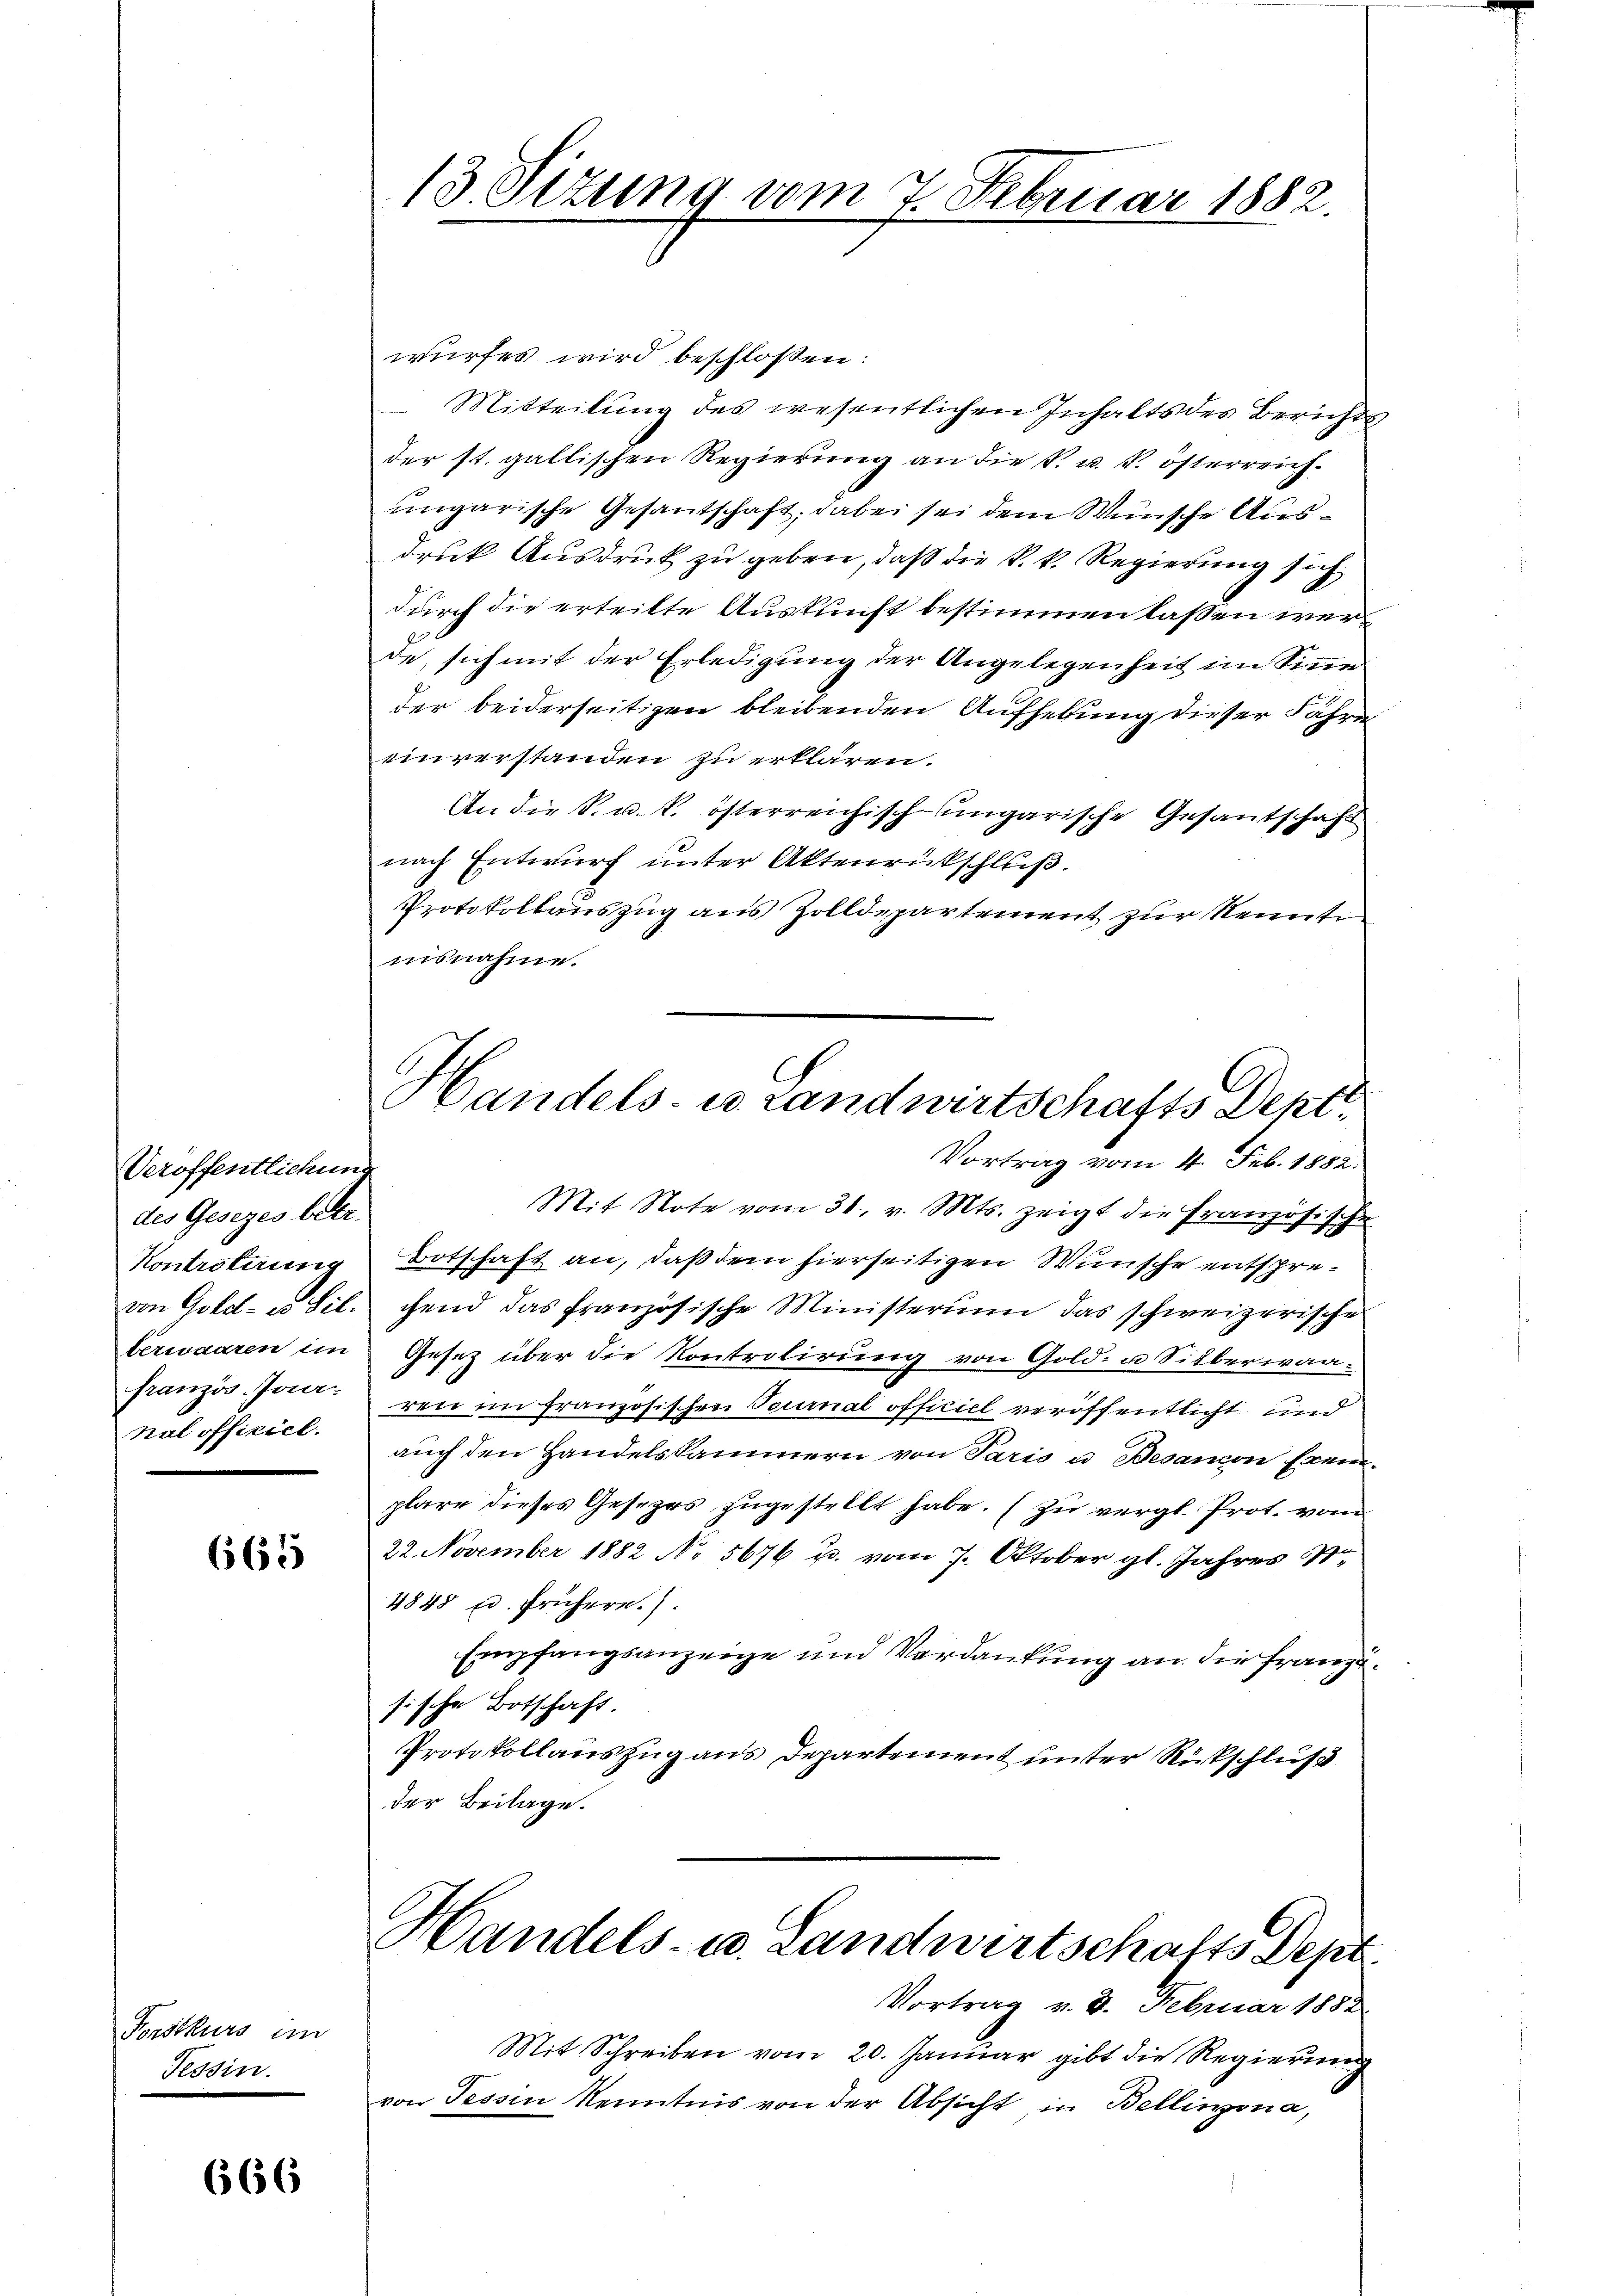
Veröffentlichung
des Gesezes betr.
Kontriterung
von Gold- es Sil.
berwaaren in
französ. Jaa-
nal officiel.

665

Forstkurs in
Tessin.

666

13 Sizung vom 7. Februar 1882.

Handels- u. Landwirtschafts Dent¬
Vortrag vom 4. Feb. 1882.
Mit Note vom 31. v. Mts. zeigt die Französische

wurfes wird beschlossen:
Mitteilung des wesentlichen Inhalts des Berichts
der st. gallischen Regierung an die K. u. k. österreichungarische Gesantschaft; dabei sei dem Wünsche Ausdruk Ausdruck zu geben, daß die k. k. Regierung sich
durch die erteilte Auskunft bestimmen lassen werde, sich mit der Erledigung der Angelegenheit im Sinne
der beiderseitigen bleibenden Aufhebung dieser Jahre
einverstanden zu erklären.
An die K. u. k. österreichisch-ungarische Gesantschaft
nach Entwurf unter Aktenrückschluß.
Protokollauszug aus Zolldepartement zur Kennt
misnahme.
Botschaft an, daß dem hierseitigen Wünsche entsprechend das französische Ministerium das schweizerische
Gesez über die Kontrolirung von Gold- u Silberwaaren im französischen Tournal officiel veröffentlicht und
auch den Handelskammern von Paris u. Besandon Exem-
plare dieses Gesetzes zugestellt habe. (Zu vergl. Prot. vom
22. November 1882 No 5676 u. vom 7. Oktober gl. Jahres St.
4848 Ed. frühere.
Empfangsanzeige und Verdankung an die Franzisische Botschaft.
Protokollauszug aus Departement unter Rückschluß
der Beilage.
Handels- u. Landwirtschafts Dept.
Vortrag v. 8. Februar 1882.
Mit Schreiben vom 20. Januar gibt die Regierung
von Tessin Kenntnis von der Absicht in Bellinzona,